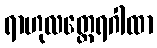
ရာဟုလတ္ထေရဂါထာ